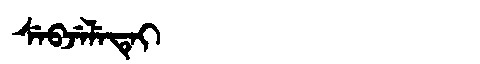
Manchu: ᠰᡝᠪᠵᡝᠯᡝᡨᡝᡳ
Romanization: SEBJELETEI